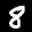
Label: 8